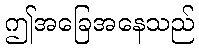
ဤအခြေအနေသည်